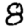
Digit: 8